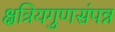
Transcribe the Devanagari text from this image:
क्षत्रियगुणसंपन्न